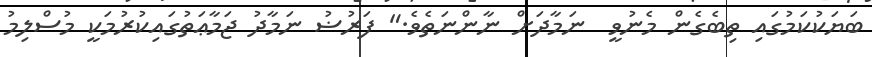
ބަޔަކުކަމުގައި ތިބެގެން މެނުވީ  ނަމާދަށް ނާންނަތެވެ." ފަރުޟު ނަމާދު ޖަމާޢަތުގައިކުރުމަކީ މުސްލިމު